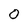
Character: O